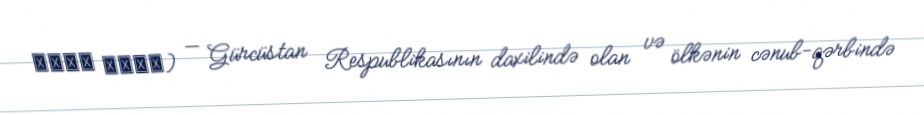
ახოს ჯამე) — Gürcüstan Respublikasının daxilində olan və ölkənin cənub-qərbində